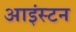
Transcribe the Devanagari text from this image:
आइंस्टन